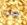
هل